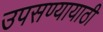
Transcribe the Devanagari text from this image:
उपसण्यायाठी